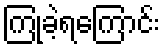
ကြုံခဲ့ရကြောင်း